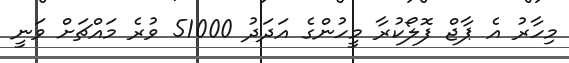
މިހާރު އެ ޕާޖް ފޮލޯކުރާ މީހުންގެ އަދަދު 51000 ވުރެ މައްޗަށް ވަނީ